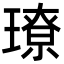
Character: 璙